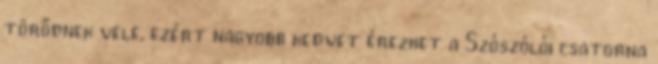
törődnek vele, ezért nagyobb kedvet érezhet a Szószólói csatorna